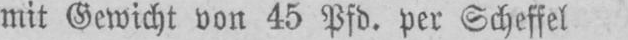
mit Gewicht von 45 Pfd. per Scheffel